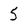
Character: 5